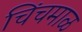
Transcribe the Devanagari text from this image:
चिंचमाळ